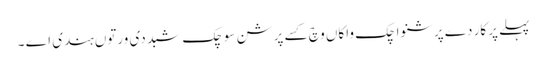
پہلے پرکار دے پرشنواچک واکاں وچ کسے پرشن سوچک شبد دی ورتوں ہندی اے ۔